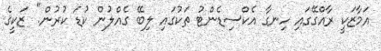
އަމާޒަކީ ރާއްގޭގައި ހިނގާ އެކްސިޑެންޓު ތަކުގައި ލިބޭ ގެއްލުން ކުޑަ ކުރުން." ޒަކީގެ